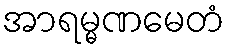
အာရမ္မဏမေတံ